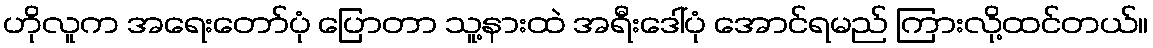
ဟိုလူက အရေးတော်ပုံ ပြောတာ သူ့နားထဲ အရီးဒေါ်ပုံ အောင်ရမည် ကြားလို့ထင်တယ်။